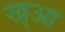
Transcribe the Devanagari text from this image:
ख्आ